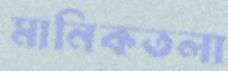
মানিকতলা